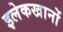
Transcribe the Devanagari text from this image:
इलेकखानों